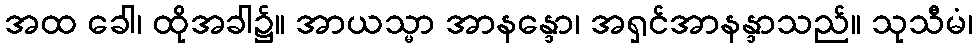
အထ ခေါ၊ ထိုအခါ၌။ အာယသ္မာ အာနန္ဒော၊ အရှင်အာနန္ဒာသည်။ သုသီမံ၊